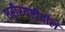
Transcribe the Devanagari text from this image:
शरीरयष्टीतील